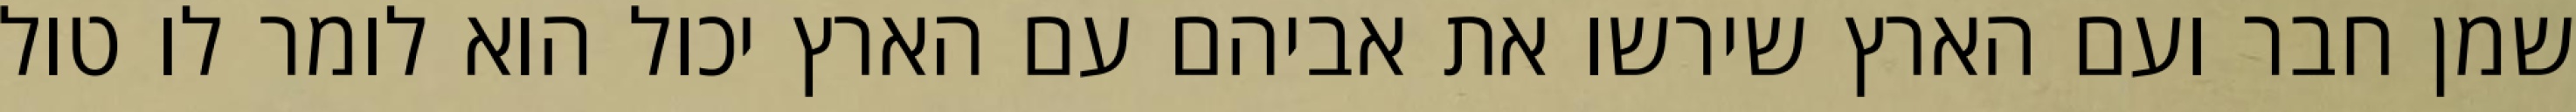
שמן חבר ועם הארץ שירשו את אביהם עם הארץ יכול הוא לומר לו טול